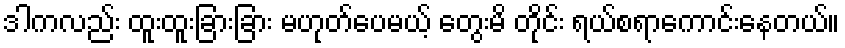
ဒါကလည်း ထူးထူးခြားခြား မဟုတ်ပေမယ့် တွေးမိ တိုင်း ရယ်စရာကောင်းနေတယ်။